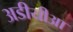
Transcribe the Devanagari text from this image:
अडीयीआ